Enquiry on enteric fever in India - Number 32
Disease focus: Fever
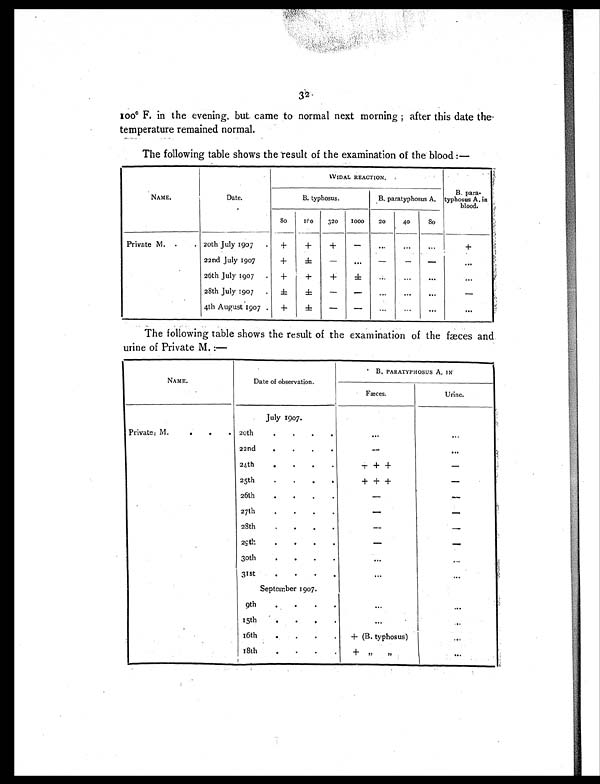
32
100° F. in the evening, but came to normal next morning ; after this date the
temperature remained normal.
The following table shows the result of the examination of the blood :—
NAME.
Date.
WIDAL REACTION.
B. para-
typhosus A. in
blood.
B. typhosus.
B. paratyphosus A.
8 0
1 6 0
320
1000
20
40
8 0
Private M.
. .
20th July 1907
.
+
+
+
-
. . .
. . .
...
+
22nd July 1907
+
±
-
...
-
-
-
...
26th July 1907
.
+
+
+
±
...
. . .
...
. . .
28th July 1907
.
± ±
-
-
...
...
. . .
-
4th August 1907 .
+
±
-
-
. . .
...
. . .
. . .
The following table shows the result of the examination of the fæces and
urine of Private M. :—
NAME.
Date of observation.
B. PARATYPHOSUS A. IN
Fæces.
Urine.
July 1907.
Private M.
. 20th
.
.
.
.
. . .
...
22nd
.
.
.
-
. . .
24th
.
. . .
+ + +
-
25th
. . .
+ + +
-
26th
. .
-
-
27th
.
.
.
-
-
28th
. . .
-
-
29th
. . .
-
-
30th
.
. .
. . .
. . .
31st
.
.
...
. . .
September 1907.
9th.
. . .
...
15th
.
.
.
...
. . .
16th
.
. .
+ (B. typhosus)
. . .
18th
. . . .
+ ,, ,,
. . .